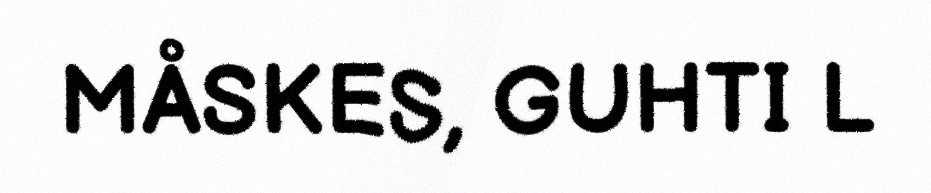
MÅSKES, GUHTI L